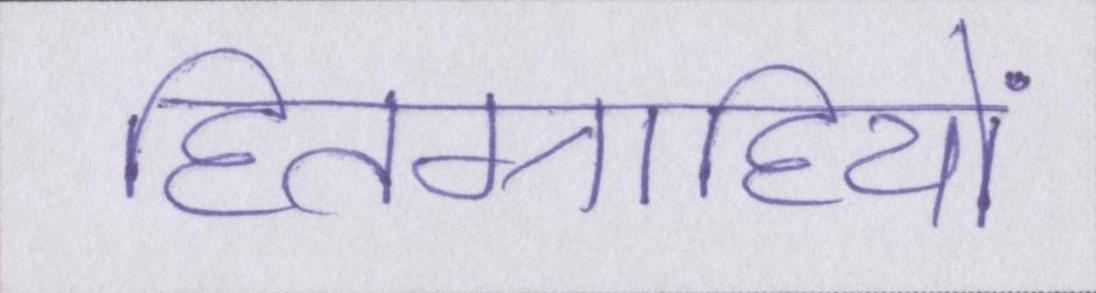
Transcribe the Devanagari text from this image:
हितग्राहियों